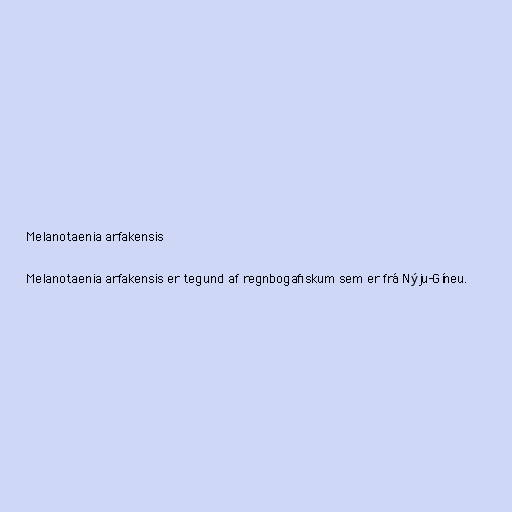
Melanotaenia arfakensis

Melanotaenia arfakensis er tegund af regnbogafiskum sem er frá Nýju-Gíneu.